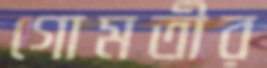
গোমতীর